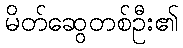
မိတ်ဆွေတစ်ဦး၏